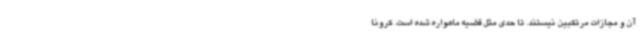
آن و مجازات مرتکبین نیستند. تا حدی مثل قضیه ماهواره شده است. کرونا